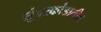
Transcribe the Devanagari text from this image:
सुंदरकांडातील